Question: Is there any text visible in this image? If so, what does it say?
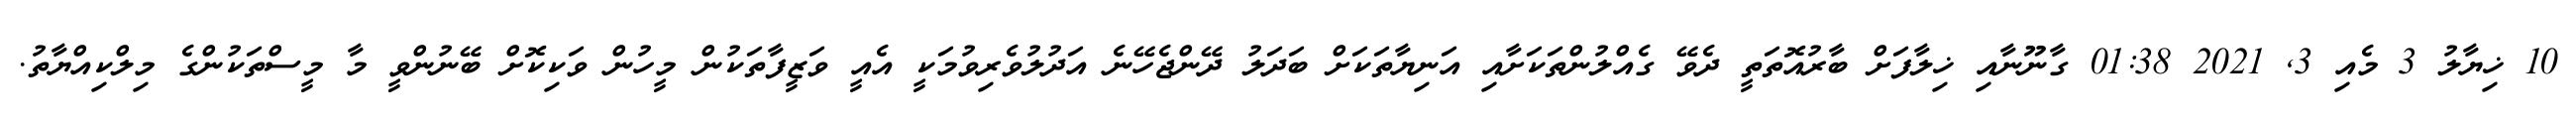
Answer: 10 ޚިޔާލު 3 މެއި 3, 2021 01:38 ގާނޫނާއި ޚިލާފަށް ބާރުއޮތަތީ ދެވޭ ގެއްލުންތަކަށާއި އަނިޔާތަކަށް ބަދަލު ދޭންޖެހޭނެ އަދުލުވެރިވުމަކީ އެއީ ވަޒީފާތަކުން މީހުން ވަކިކޮށް ބޭނުންވީ މާ މީސްތަކުންގެ މިލްކިއްޔާތު.